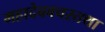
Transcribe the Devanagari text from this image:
महादेववचस्तथा